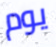
يوم